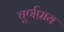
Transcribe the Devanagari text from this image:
चूर्णप्राय